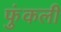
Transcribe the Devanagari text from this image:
फुंकली